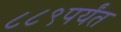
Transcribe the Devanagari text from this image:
८८९पर्यंत